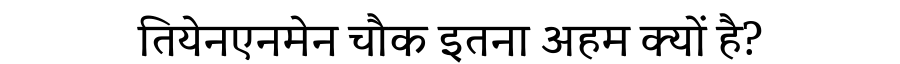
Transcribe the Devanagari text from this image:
तियेनएनमेन चौक इतना अहम क्यों है?